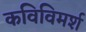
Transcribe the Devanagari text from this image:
कविविमर्श